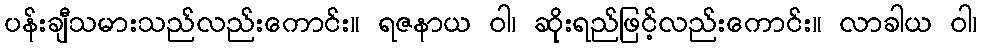
ပန်းချီသမားသည်လည်းကောင်း။ ရဇနာယ ဝါ၊ ဆိုးရည်ဖြင့်လည်းကောင်း။ လာခါယ ဝါ၊